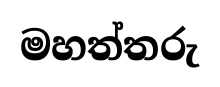
මහත්තරු